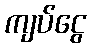
ကျပ်ငွေ